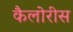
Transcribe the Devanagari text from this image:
कैलोरीस